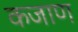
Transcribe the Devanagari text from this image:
कजाण